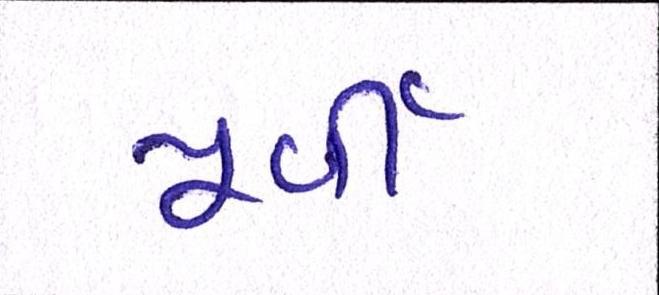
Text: પૂર્વી